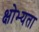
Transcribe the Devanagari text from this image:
क्षोभ्यता